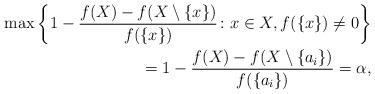
LaTeX: \begin{align*}\max\left\{1-\frac{f(X)-f(X\setminus\{x\})}{f(\{x\})}\colon x\in X, f(\{x\})\ne 0\right\}\\=1-\frac{f(X)-f(X\setminus\{a_i\})}{f(\{a_i\})}=\alpha,\end{align*}